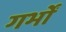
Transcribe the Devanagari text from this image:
गर्भों